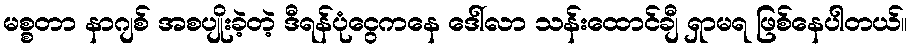
မစ္စတာ နာဂျစ် အစပျိုးခဲ့တဲ့ ဒီရန်ပုံငွေကနေ ဒေါ်လာ သန်းထောင်ချီ ရှာမရ ဖြစ်နေပါတယ်။